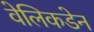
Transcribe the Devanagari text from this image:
वेलिकडेन